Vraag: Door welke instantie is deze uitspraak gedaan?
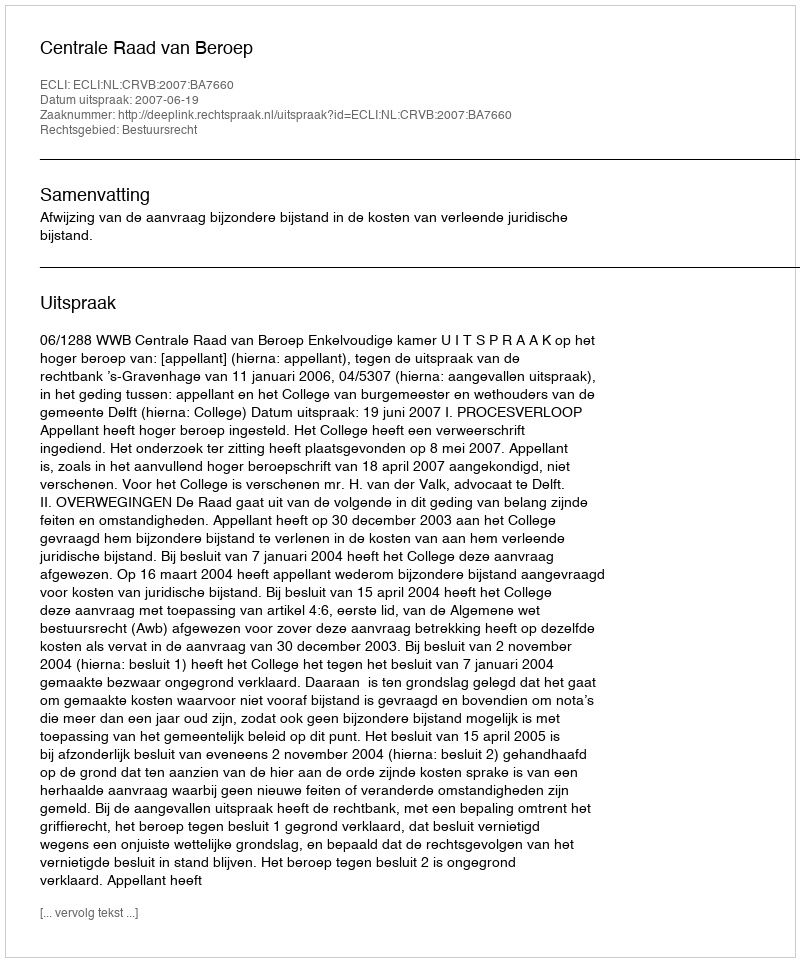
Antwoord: Centrale Raad van Beroep